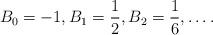
LaTeX: \begin{align*} B_{0}=-1, B_{1}=\frac{1}{2},B_{2}=\frac{1}{6},\dots. \end{align*}